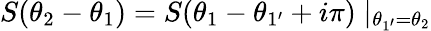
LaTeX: S(\theta_{2}-\theta_{1})=S(\theta_{1}-\theta_{1^{\prime}}+i\pi)\mid_{\theta_{1^{\prime}}=\theta_{2}}